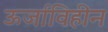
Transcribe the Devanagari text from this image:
ऊर्जाविहीन